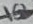
Text: 10